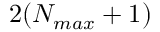
2 ( N _ { m a x } + 1 )